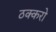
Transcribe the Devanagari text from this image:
ठक्करो